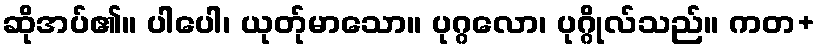
ဆိုအပ်၏။ ပါပေါ၊ ယုတ်ုမာသော။ ပုဂ္ဂလော၊ ပုဂ္ဂိုလ်သည်။ ကတ+